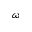
\omega